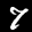
Label: 7